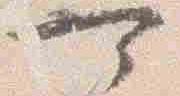
可